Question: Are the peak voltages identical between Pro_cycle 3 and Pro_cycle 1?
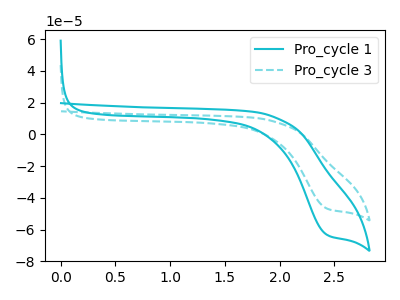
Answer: <think>The cyan curve "Pro_cycle 1" has a cathodic peak at: (2.45V, -63.10uA). The cyan dashed curve "Pro_cycle 3" has a cathodic peak at: (2.45V, -46.60uA).</think>
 <answer>Yes, "Pro_cycle 3" have a peak in "Pro_cycle 1" at the same potential.</answer>
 <eval>match</eval>